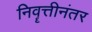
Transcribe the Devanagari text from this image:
निवॄत्तीनंतर